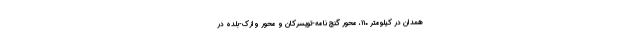
همدان در کیلومتر ۱۱۰، محور گنج نامه-تویسرکان و محور وازک-بلده در